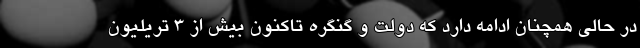
در حالی همچنان ادامه دارد که دولت و گنگره تاکنون بیش از 3 تریلیون